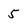
Character: 5